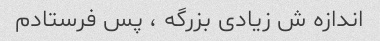
اندازه ش زیادی بزرگه ، پس فرستادم